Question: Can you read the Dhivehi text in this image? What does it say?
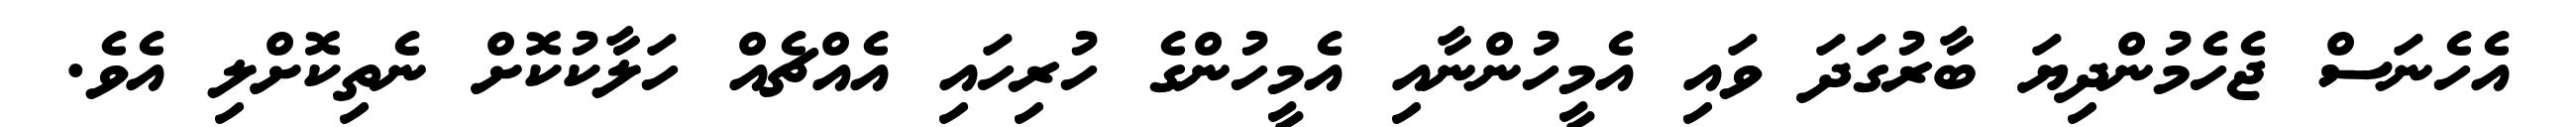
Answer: އެހެނަސް ޖެހެމުންދިޔަ ބާރުގަދަ ވައި އެމީހުންނާއި އެމީހުންގެ ހުރިހައި އެއްޗެއް ހަލާކުކޮށް ނެތިކޮށްލި އެވެ.